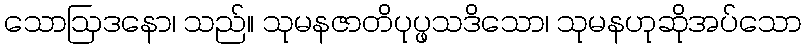
သောဩဒနော၊ သည်။ သုမနဇာတိပုပ္ဖသဒိသော၊ သုမနဟုဆိုအပ်သော